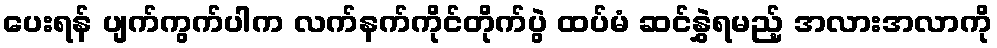
ပေးရန် ပျက်ကွက်ပါက လက်နက်ကိုင်တိုက်ပွဲ ထပ်မံ ဆင်နွှဲရမည့် အလားအလာကို